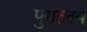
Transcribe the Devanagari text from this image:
पुराततव